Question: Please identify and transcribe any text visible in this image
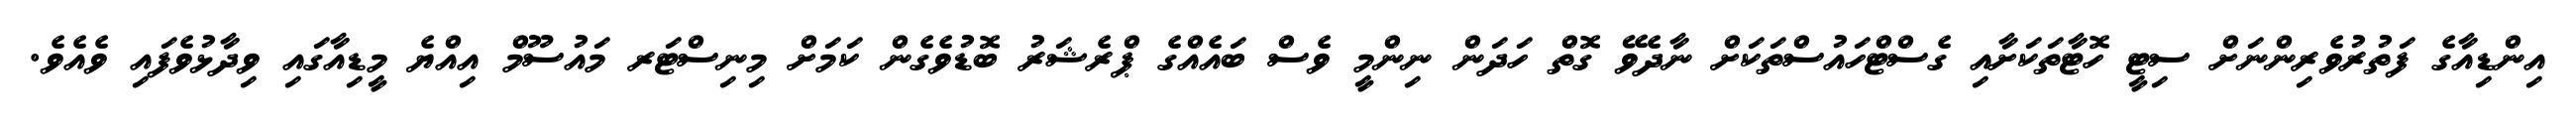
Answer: އިންޑިއާގެ ފަތުރުވެރިންނަށް ސިޓީ ހޮޓާތަކަށާއި ގެސްޓްހައުސްތަކަށް ނާދެވޭ ގޮތް ހަދަން ނިންމީ ވެސް ބައެއްގެ ޕްރެޝަރު ބޮޑުވެގެން ކަމަށް މިނިސްޓަރ މައުސޫމް އިއްޔެ މީޑިއާގައި ވިދާޅުވެފައި ވެއެވެ.